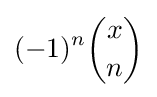
(-1)^{n}{\binom {x}{n}}